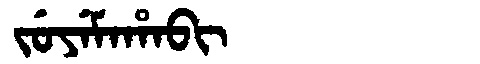
Manchu: ᠵᡠᠶᡝᠮᠠᡥᠠᠪᡳ
Romanization: JUYEMAHABI